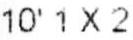
10' 1X2